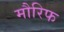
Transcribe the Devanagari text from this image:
मौरिफ